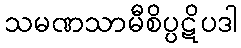
သမဏသာမီစိပ္ပဋိပဒါ